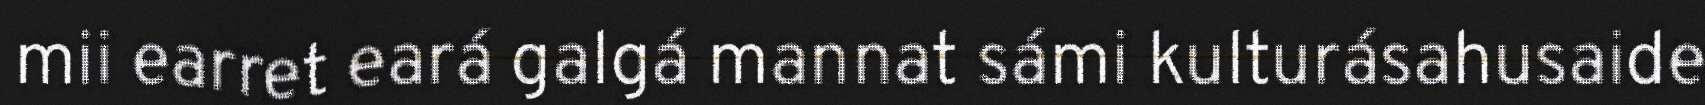
mii earret eará galgá mannat sámi kulturásahusaide